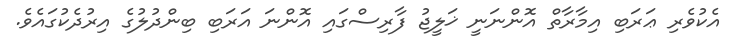
އެކުވެރި ޢަރަބި އިމާރާތް އޮންނަނީ ޚަލީޖު ފާރިސްގައި އޮންނަ އަރަބި ބިންދުލުގެ އިރުދެކުގައެވެ.